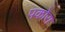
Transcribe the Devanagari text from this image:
पकोरा